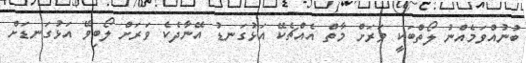
ބުނުއްވަމެއްނު ލޯތްބަކީ ވަރަށް މާތް އެއްޗެކޭ އަޅުގަނޑު އޭނާދެކެ ވަރަށް ލޯބިވޭ އަޅުގަނޑަށް